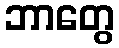
ဘာတွေ